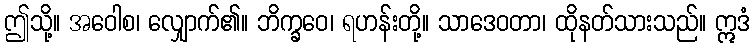
ဤသို့။ အဝေါစ၊ လျှောက်၏။ ဘိက္ခဝေ၊ ရဟန်းတို့။ သာဒေဝတာ၊ ထိုနတ်သားသည်။ ဣဒံ